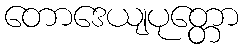
တောဒေယျပုတ္တော